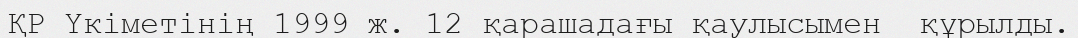
ҚР Үкіметінің 1999 ж. 12 қарашадағы қаулысымен  құрылды.